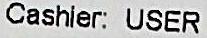
CASHIER: USER